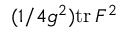
( 1 / 4 g ^ { 2 } ) \mathrm { t r } \, F ^ { 2 }